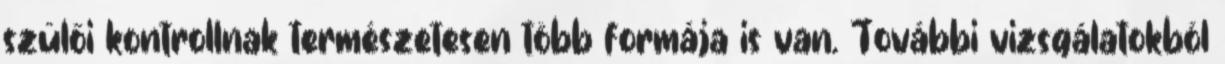
szülői kontrollnak természetesen több formája is van. További vizsgálatokból